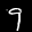
Label: 9